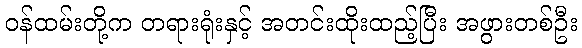
ဝန်ထမ်းတို့က တရားရုံးနှင့် အတင်းထိုးထည့်ပြီး အဖွားတစ်ဦး